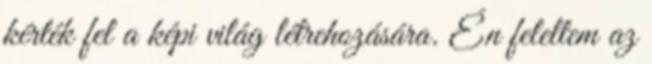
kérték fel a képi világ létrehozására. Én feleltem az